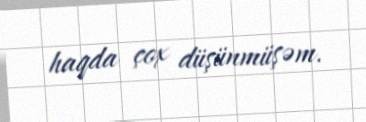
haqda çox düşünmüşəm.